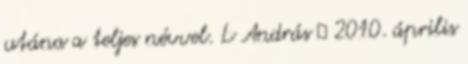
utána a teljes névvel. L András → 2010. április